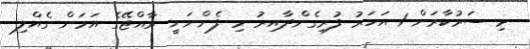
މި ސަރުކާރަށް 1 އަހަރު ފުރިގެންދާއިރު މި ފެންނަނީ ރާއްޖޭގެ އަމަން ގެއްލި